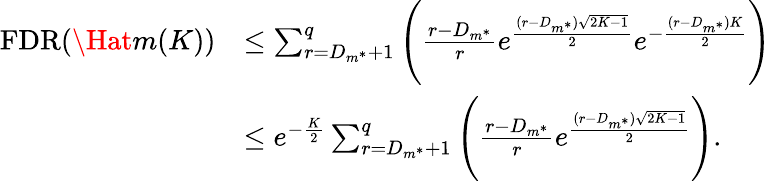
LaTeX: \begin{array}{rl}{\mathrm{FDR}(\Hat{m}(K))}&{\leq\sum_{r=D_{m^{*}}+1}^{q}\Bigg(\frac{r-D_{m^{*}}}{r}e^{\frac{(r-D_{m^{*}})\sqrt{2K-1}}{2}}e^{-\frac{(r-D_{m^{*}})K}{2}}\Bigg)}\\ &{\leq e^{-\frac{K}{2}}\sum_{r=D_{m^{*}}+1}^{q}\Bigg(\frac{r-D_{m^{*}}}{r}e^{\frac{(r-D_{m^{*}})\sqrt{2K-1}}{2}}\Bigg).}\end{array}